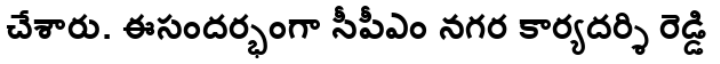
చేశారు. ఈసందర్భంగా సీపీఎం నగర కార్యదర్శి రెడ్డి